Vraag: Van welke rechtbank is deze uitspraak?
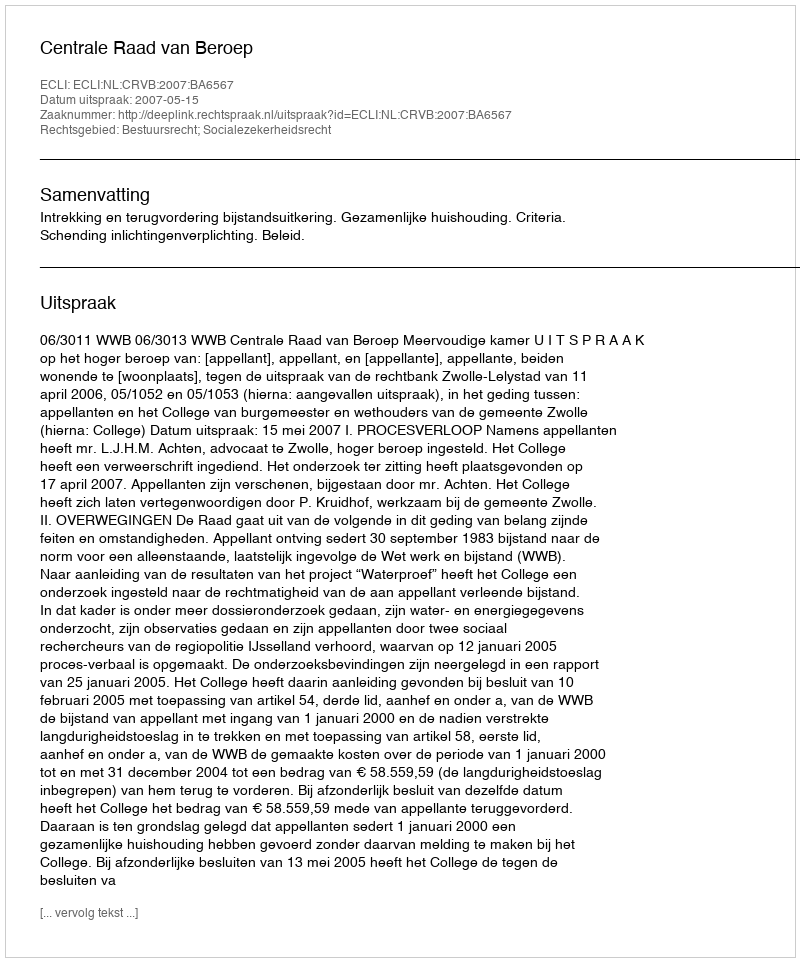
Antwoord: Centrale Raad van Beroep